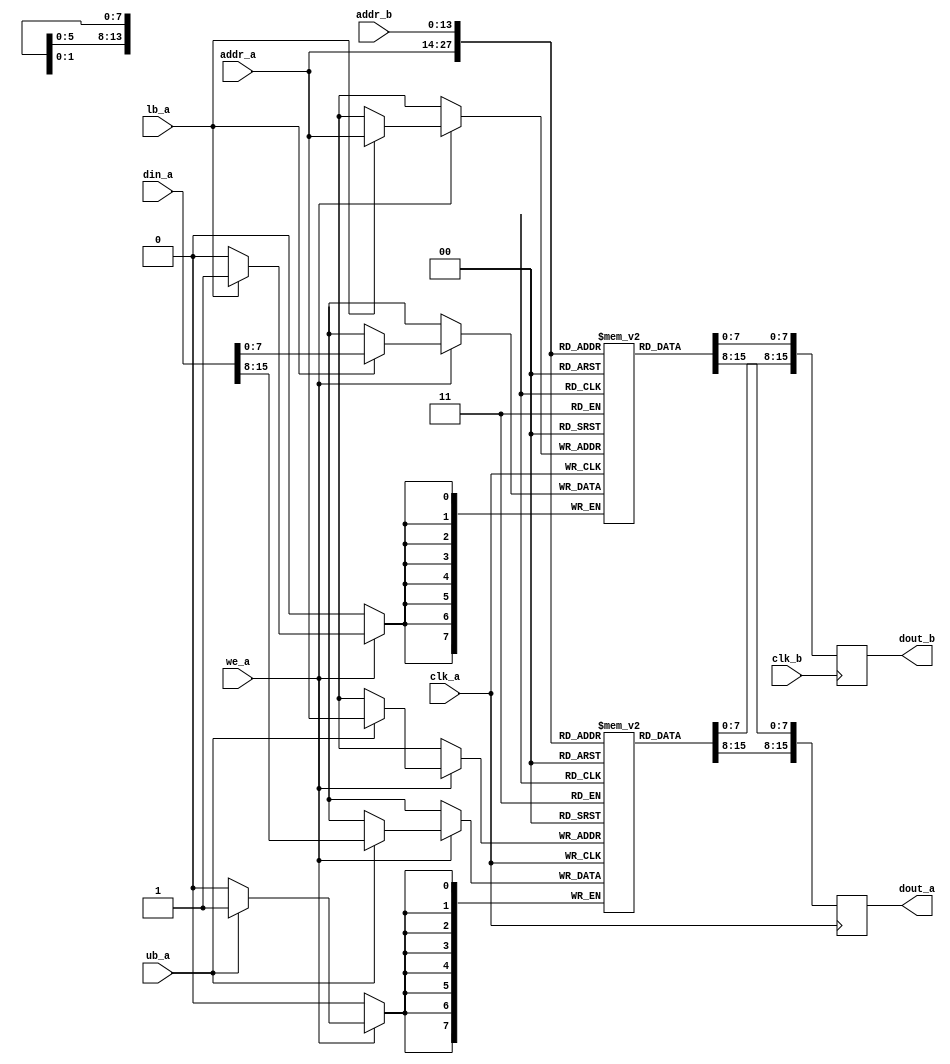
module vram (
  input            clk_a,
  input            we_a,
  input [14:1]     addr_a,
  input [15:0]      din_a,
  output reg [15:0] dout_a,
  input            ub_a,
  input            lb_a,
  input            clk_b,
  input [14:1]     addr_b,
  output reg [15:0] dout_b

);

  reg [7:0] ram_ub [0:16383];
  reg [7:0] ram_lb [0:16383];

  always @(posedge clk_a) begin
    if (we_a) begin
      if (ub_a) ram_ub[addr_a] <= din_a[15:8];
      if (lb_a) ram_lb[addr_a] <= din_a[7:0];
    end
    dout_a <= {ram_ub[addr_a], ram_lb[addr_a]};
  end

  always @(posedge clk_b) begin
    dout_b <= {ram_ub[addr_b], ram_lb[addr_b]};
  end

endmodule